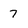
Character: 7